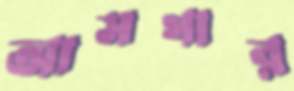
আসগার